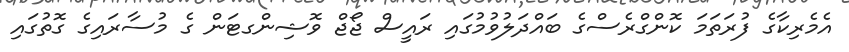
އެމެރިކާގެ ފުރަތަމަ ކޮންގްރެސްގެ ބައްދަލުވުމުގައި ރައީސް ޖޯޖް ވޮޝިންގޓަން ގެ މުސާރައިގެ ގޮތުގައި